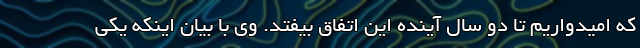
که امیدواریم تا دو سال آینده این اتفاق بیفتد. وی با بیان اینکه یکی